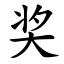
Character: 奖